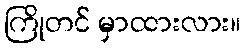
ကြိုတင် မှာထားလား။